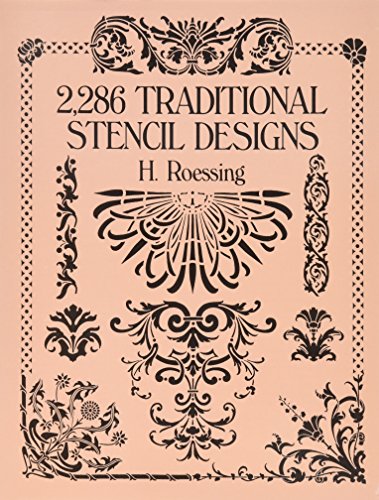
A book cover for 2,286 Traditional Stencil Designs (Dover Pictorial Archive); H. Roessing; Arts & Photography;